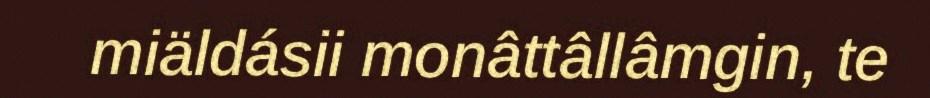
miäldásii monâttâllâmgin, te